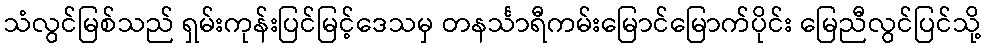
သံလွင်မြစ်သည် ရှမ်းကုန်းပြင်မြင့်ဒေသမှ တနင်္သာရီကမ်းမြောင်မြောက်ပိုင်း မြေညီလွင်ပြင်သို့